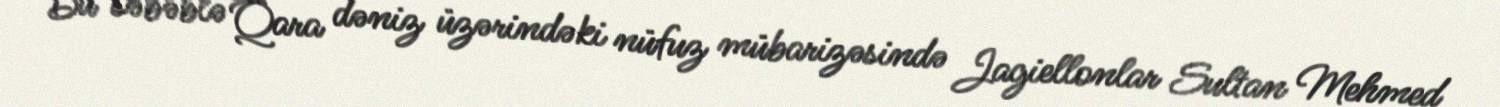
Bu səbəblə Qara dəniz üzərindəki nüfuz mübarizəsində Jagiellonlar Sultan Mehmed